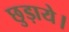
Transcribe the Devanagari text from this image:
छुड़ाये।